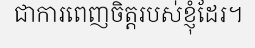
ជាការពេញចិត្តរបស់ខ្ញុំដែរ។